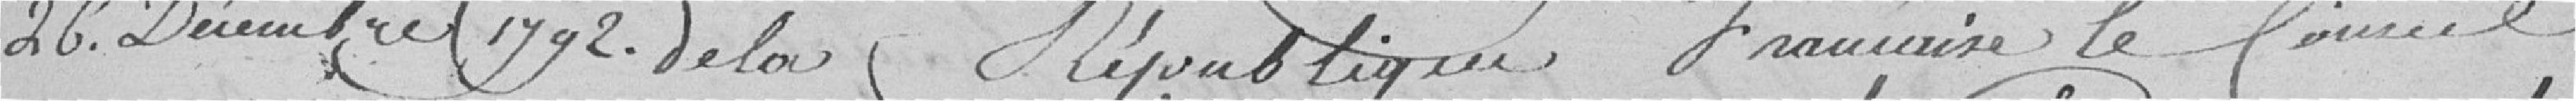
26 Décembre 1792 de la République Française le Conseil